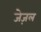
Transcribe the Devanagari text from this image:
जेज़ल